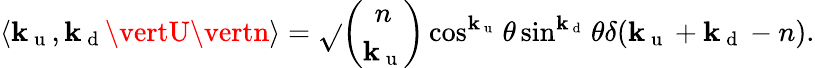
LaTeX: \langle\mathbf{k}_{\mathrm{{~u~}}},\mathbf{k}_{\mathrm{{~d~}}}\vertU\vertn\rangle=\sqrt{}{{\binom{n}{\mathbf{k}_{\mathrm{{~u~}}}}}}\cos^{\mathbf{k}_{\mathrm{{~u~}}}}{\theta}\sin^{\mathbf{k}_{\mathrm{{~d~}}}}{\theta}\delta(\mathbf{k}_{\mathrm{{~u~}}}+\mathbf{k}_{\mathrm{{~d~}}}-n).